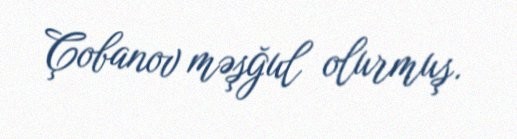
Çobanov məşğul olurmuş.